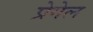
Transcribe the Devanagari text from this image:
प्रेगेल